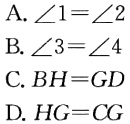
A. $\angle1 = \angle2$
B. $\angle3=\angle4$
C. $BH = GD$
D. $HG = CG$